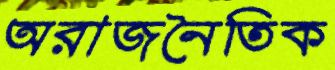
অরাজনৈতিক